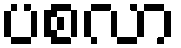
ပစလာ